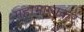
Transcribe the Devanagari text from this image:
महाभाष्यकर